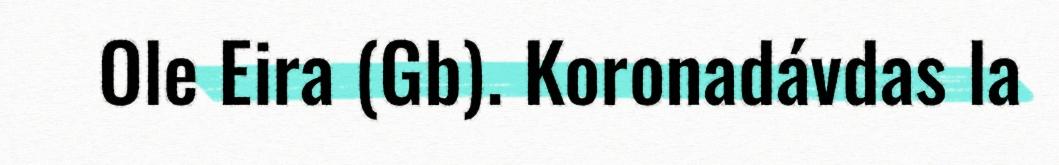
Ole Eira (Gb). Koronadávdas la